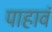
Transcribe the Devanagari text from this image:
पाहावं